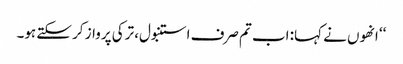
‘‘ انھوں نے کہا: اب تم صرف استنبول، ترکی پرواز کر سکتے ہو۔